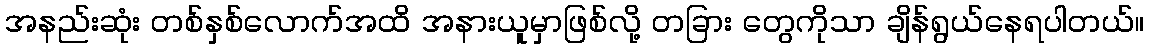
အနည်းဆုံး တစ်နှစ်လောက်အထိ အနားယူမှာဖြစ်လို့ တခြား တွေကိုသာ ချိန်ရွယ်နေရပါတယ်။